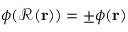
\phi ( \mathcal { R } ( \mathbf { r } ) ) = \pm \phi ( \mathbf { r } )